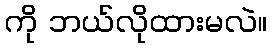
ကို ဘယ်လိုထားမလဲ။